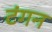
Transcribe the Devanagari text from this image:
टंगन